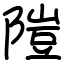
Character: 隑